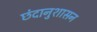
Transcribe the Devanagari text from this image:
छंदानुशासन